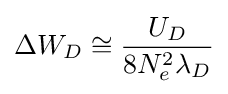
\Delta {W_{D}}\cong {\frac {U_{D}}{8{N_{e}^{2}}\lambda _{D}}}